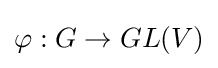
\varphi :G\rightarrow GL(V)